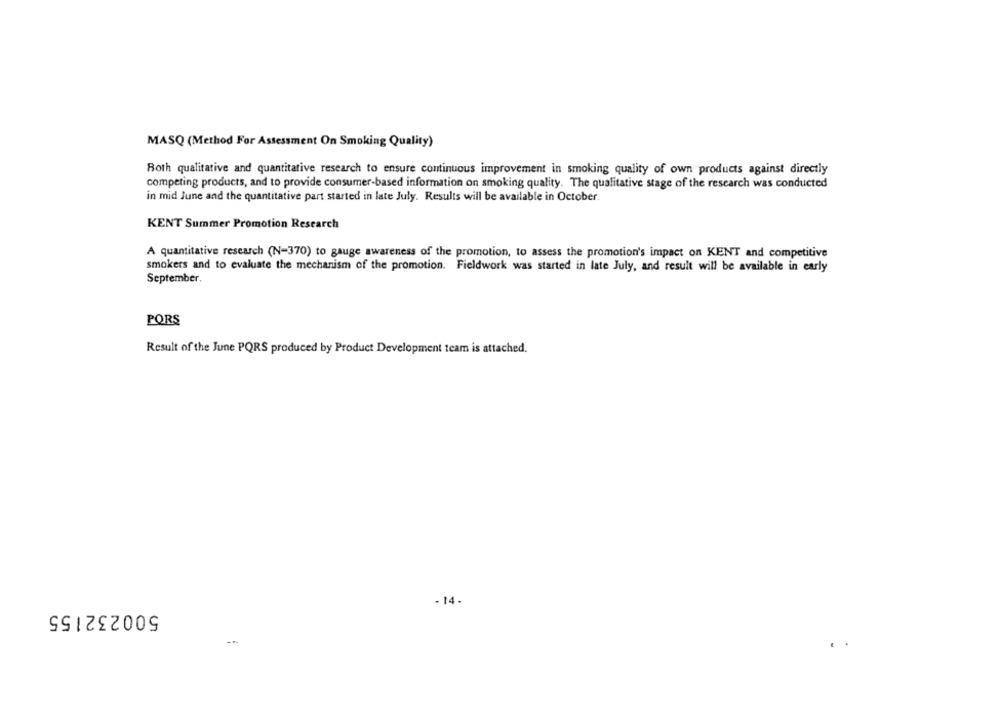
MASQ (Method For Assessment On Smoking Quality)
Both qualitative and quantitative research to ensure continuous improvement in smoking quality of own products against directly
competing products, and to provide consumer-based information on smoking quality. The qualitative stage of the research was conducted
in mid June and the quantitative part started in late July. Results will be available in October.
KENT Summer Promotion Research
A quantitative research (N-370) to gauge awareness of the promotion, to assess the promotion's impact on KENT and competitive
smokers and to evaluate the mechanism of the promotion. Fieldwork was started in late July, and result will be available in early
September,
PORS
Result of the June PQRS produced by Product Development team is attached.
- 14.
500232155